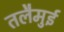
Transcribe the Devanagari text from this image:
तलैमुई